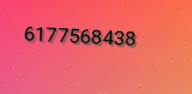
6177568438